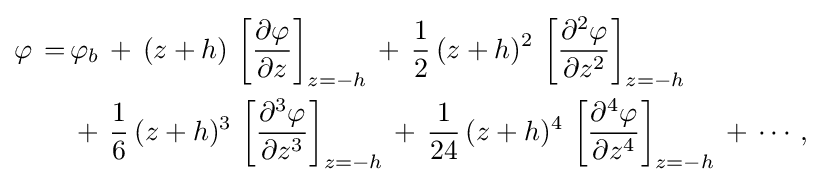
{\begin{aligned}\varphi \,=\,&\varphi _{b}\,+\,(z+h)\,\left[{\frac {\partial \varphi }{\partial z}}\right]_{z=-h}\,+\,{\frac {1}{2}}\,(z+h)^{2}\,\left[{\frac {\partial ^{2}\varphi }{\partial z^{2}}}\right]_{z=-h}\,\\&+\,{\frac {1}{6}}\,(z+h)^{3}\,\left[{\frac {\partial ^{3}\varphi }{\partial z^{3}}}\right]_{z=-h}\,+\,{\frac {1}{24}}\,(z+h)^{4}\,\left[{\frac {\partial ^{4}\varphi }{\partial z^{4}}}\right]_{z=-h}\,+\,\cdots ,\end{aligned}}